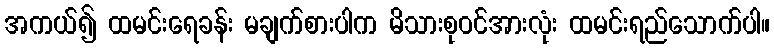
အကယ်၍ ထမင်းရေခန်း မချက်စားပါက မိသားစုဝင်အားလုံး ထမင်းရည်သောက်ပါ။